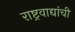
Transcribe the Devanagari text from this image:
राष्ट्रवाद्यांची